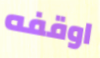
اوقفه